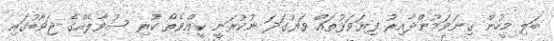
ބަލި މީހުން ގިނަވަމުންދާއިރު ފިޔަވަޅުތައް ވަރުގަދަ ނުކުރަނީ ކީއްވެތޯ ކުރި ސުވާލެއްގެ ޖަވާބުގައި